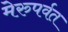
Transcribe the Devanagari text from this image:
मेरुपर्वत